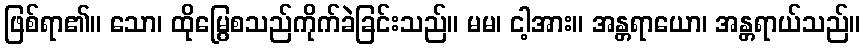
ဖြစ်ရာ၏။ သော၊ ထိုမြွေစသည်ကိုက်ခဲခြင်းသည်။ မမ၊ ငါ့အား။ အန္တရာယော၊ အန္တရာယ်သည်။